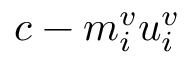
c - m _ { i } ^ { v } u _ { i } ^ { v }